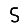
Digit: 5